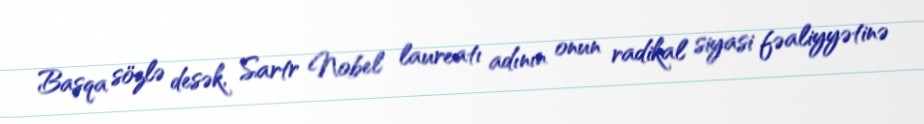
Başqa sözlə desək, Sartr Nobel laureatı adının onun radikal siyasi fəaliyyətinə